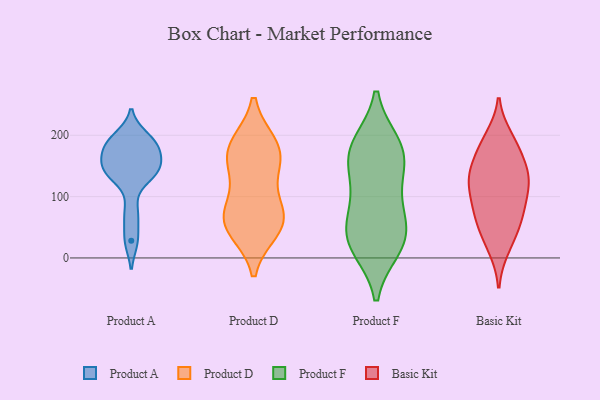
{"axis": {"x": "Satisfaction Score", "y": "Value"}, "legend": ["Basic Kit", "Product A", "Product D", "Product F"], "data": [{"x": "", "y": 135, "type": "Product A"}, {"x": "", "y": 181, "type": "Product A"}, {"x": "", "y": 150, "type": "Product A"}, {"x": "", "y": 173, "type": "Product A"}, {"x": "", "y": 197, "type": "Product A"}, {"x": "", "y": 73, "type": "Product A"}, {"x": "", "y": 28, "type": "Product A"}, {"x": "", "y": 138, "type": "Product A"}, {"x": "", "y": 187, "type": "Product A"}, {"x": "", "y": 147, "type": "Product A"}, {"x": "", "y": 163, "type": "Product D"}, {"x": "", "y": 74, "type": "Product D"}, {"x": "", "y": 55, "type": "Product D"}, {"x": "", "y": 47, "type": "Product D"}, {"x": "", "y": 184, "type": "Product D"}, {"x": "", "y": 129, "type": "Product D"}, {"x": "", "y": 70, "type": "Product D"}, {"x": "", "y": 183, "type": "Product D"}, {"x": "", "y": 59, "type": "Product D"}, {"x": "", "y": 167, "type": "Product D"}, {"x": "", "y": 49, "type": "Product F"}, {"x": "", "y": 22, "type": "Product F"}, {"x": "", "y": 16, "type": "Product F"}, {"x": "", "y": 186, "type": "Product F"}, {"x": "", "y": 42, "type": "Product F"}, {"x": "", "y": 160, "type": "Product F"}, {"x": "", "y": 91, "type": "Product F"}, {"x": "", "y": 151, "type": "Product F"}, {"x": "", "y": 186, "type": "Product F"}, {"x": "", "y": 71, "type": "Product F"}, {"x": "", "y": 126, "type": "Product F"}, {"x": "", "y": 20, "type": "Product F"}, {"x": "", "y": 178, "type": "Product F"}, {"x": "", "y": 167, "type": "Basic Kit"}, {"x": "", "y": 17, "type": "Basic Kit"}, {"x": "", "y": 95, "type": "Basic Kit"}, {"x": "", "y": 58, "type": "Basic Kit"}, {"x": "", "y": 137, "type": "Basic Kit"}, {"x": "", "y": 79, "type": "Basic Kit"}, {"x": "", "y": 62, "type": "Basic Kit"}, {"x": "", "y": 128, "type": "Basic Kit"}, {"x": "", "y": 195, "type": "Basic Kit"}, {"x": "", "y": 27, "type": "Basic Kit"}, {"x": "", "y": 66, "type": "Basic Kit"}, {"x": "", "y": 176, "type": "Basic Kit"}, {"x": "", "y": 133, "type": "Basic Kit"}, {"x": "", "y": 190, "type": "Basic Kit"}, {"x": "", "y": 131, "type": "Basic Kit"}, {"x": "", "y": 108, "type": "Basic Kit"}, {"x": "", "y": 128, "type": "Basic Kit"}]}